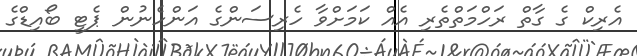
އެރިކް ގެ ގާތް ރަހްމަތްތެރި އެއް ކަމަށްވާ ހެރިސަންގެ އަންހެނުން ޕެޓީ ބޯއިޑްގެ